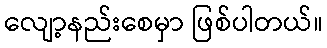
လျော့နည်းစေမှာ ဖြစ်ပါတယ်။